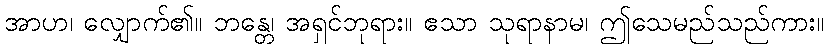
အာဟ၊ လျှောက်၏။ ဘန္တေ၊ အရှင်ဘုရား။ ဧသာ သုရာနာမ၊ ဤသေမည်သည်ကား။